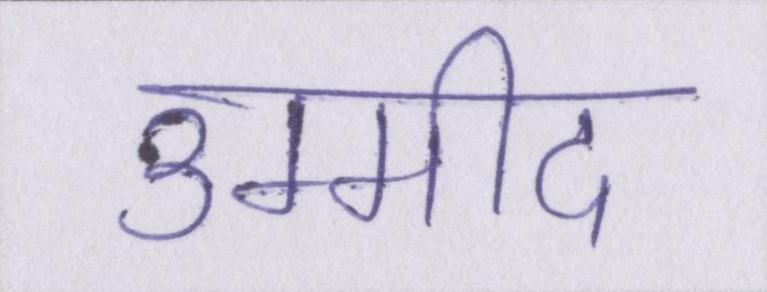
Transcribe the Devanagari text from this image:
उम्मीद